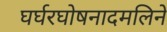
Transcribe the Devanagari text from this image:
घर्घरघोषनादमलिने